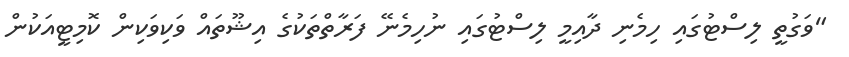
"ވަގުތީ ލިސްޓުގައި ހިމެނި ދާއިމީ ލިސްޓުގައި ނުހިމެނޭ ފަރާތްތަކުގެ އިޝޫތައް ވަކިވަކިން ކޮމިޓީއަކުން